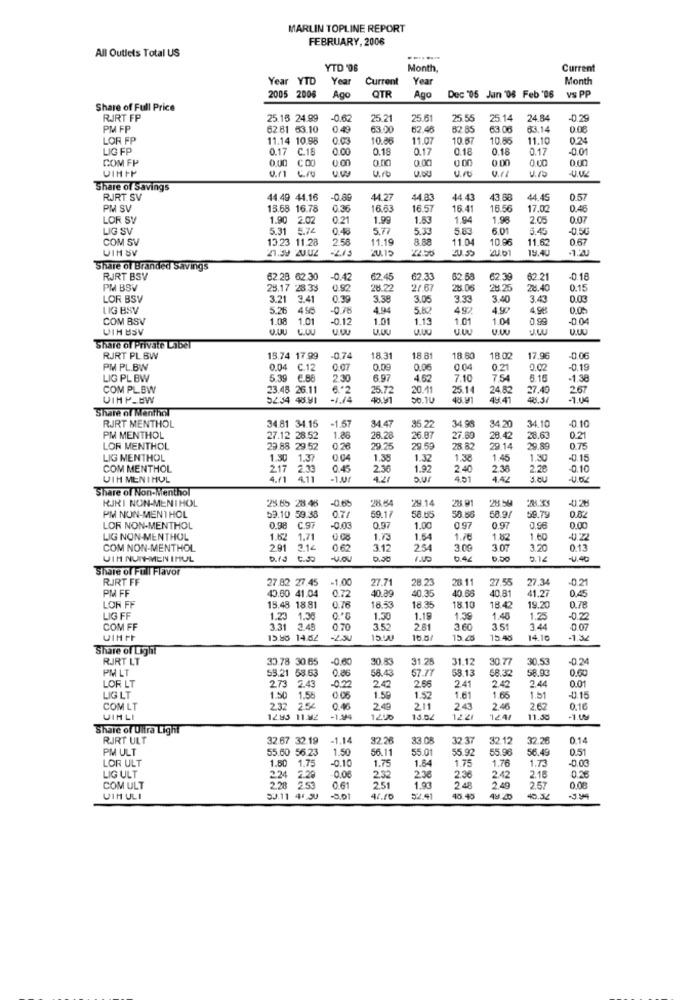
MARLIN TOPLINE REPORT
FEBRUARY, 2006
All Outlets Total US
YTD '08
Month,
Current
Year YTD
Year
Current
Year
Month
2005 2006
Ago
QTF
Ago
Dec '05 Jan '08 Feb '06 vs PP
Share of Full Price
RJRT FP
25.15 24.99
-0.6
25.21
25.6
25.55
25.14
24.84
-0.29
PM FP
62.81 63.10
04
63.00
62.48
82.85
63.06
63.14
0.08
LOR FP
11.14 10.98
0 03
10.86
11.07
10.5
10.56
11.10
0.24
LIG FP
0.17 C.18
0.00
0.18
0.17
0.18
0.18
0.17
-0.01
COM FP
0.00 COO
0.00
0.00
0.00
0.00
0.00
U.rb
4.DU
4.10
VIHIP
Share of Savings
RJRT SV
44.49 44.16
-0.80
44.27
44.83
44.43
43.68
44.45
0.57
PM SV
15.68 16.78
0.36
16.63
16.57
16.4
18.56
17.02
0.46
LOR SV
1.90
2.02
0.21
1.99
1.53
1.94
1.98
2.0.
0.07
LIG SV
5.31
5.74
0.4
5.77
5.33
5.83
6.01
5.4
-0.50
COM SV
13.23 11.28
2.58
11.19
8.88
11.04
10.96
11.62
0.67
UIM SV
2.59 2.02
20.15
22.50
19.40
1.22
Share of Branded Savings
RJRT BSV
62.28 62.30
-0.42
62.45
62.33
62.58
2.39
62.21
-0.18
PM BSV
28.17 28.33
0.82
28.22
2/ 67
28.06
28 2
28.40
0.15
LOR BSV
3.21 3.41
0.39
3.38
3.05
3.33
3 .40
3.43
0.03
LIG BSV
5.26
456
-0.78
4.94
492
499
4.98
0.00
COM BSV
1.08
1.01
-0.12
1.01
1.13
1.01
1.04
0.99
-0.04
UIH BSV
J.LU
Share of Private Label
RJRT PL BW
13.74 17.99
-0.7
18.3
18 8
18.60
18.02
17.96
-0.06
PM PL.BW
0.04 C.12
0.07
0.09
0.06
0.04
0.21
0.02
-0.19
LIG PL BW
5.39 €.88
2 30
6.97
4.52
7.10
7.54
3.16
-1 38
COM PLBW
23.48 26.11
6."2
25.72
20.11
25.14
24.82
27.49
2.67
VIHP-BW
52.34 48.91
48.91
56.10
49.41
1.04
Share of Menthol
34.47
34.98
-0.10
RJRT MENTHOL
34.81 34.15
-1.57
5.22
34.20
34.10
PM MENTHOL
27.12 28.52
1.88
26.28
6.87
27.89
28.42
28.63
0.21
LOR MENTHOL
23.88 29.52
29.25
29.59
28.82
29.14
29.89
0.75
LIG MENTHOL
1.30 1.37
0.04
1.38
1.32
1.38
1.45
1.30
-0.15
COM MENTHOL
2.17 2.33
0.45
2.36
1.92
2 40
2.38
2.28
-0.10
VIH MENTHOL
4.61 4.11
4.11
-1.0
4.27
D.Uf
451
4.42
Share of Non-Menthol
RJKI NON-MENTHOL
-06
28.84
29.14
PM NON-MENTHOL
25.85 28.48
0.74
28.91
28.54
58.9/
02
0.82
59.10 59:38
59.1
58.05
58.66
59.79
LOR NON-MENTHOL
0.98
C.97
0.97
1.00
0.97
0.97
0.56
0.00
LIG NON-MENTHOL
1.62
1.71
1.73
1.54
1.7€
1.82
1.60
4.22
COM NON-MENTHOL
291
3.14
0 62
3.12
254
3.09
3.03
3.20
0.13
UIH NUN-MEN IMUL
b.fJ C.Jo
0.50
U.40
Share of Full Flavor
RJRT FF
27.82 27.45
-1.00
27.71
28.23
28.11
27.55
27.34
-0.21
PM FF
40.60 41.04
10.39
40.35
40.66
10.81
0.45
LOR FF
41.27
15.48 18.81
0.76
18.53
18.35
18.10
18.42
19.20
0.78
LIG FF
1.23 1.36
1.30
1.19
1.39
1.48
1.25
-0.22
COM FF
3.31 3.48
0.70
3.52
261
3.60
3.51
3.44
0.07
15.86 14.552
2.30
16.6
15.45
15.48
14.10
-1.32
Share of Light
RJRT LT
33.78 30.65
-0.00
30.53
31.28
31.12
30.77
30.53
-0.24
PM LT
53.21 58.63
0.86
58.13
58.93
0.00
273 2.43
-02
58.43
57.77
2.66
2.41
58.32
2.44
0.01
LOR LT
242
2.42
LIG LT
1.50
1.58
1.59
1.52
1.61
1.65
1.51
-0.15
COM LT
2.32 2.54
2.4
211
2.43
2.46
2.62
0.16
UIMLI
12.93 11 32
-1.94
15.02
1221
124
11.30
Share of Ultra Light
RJRT ULT
32.67 32.19
-1.14
32.26
33.08
32 37
32.12
32.26
0.14
PM ULT
55.60 56.23
1.50
56.11
55.01
55.92
55.96
56.49
0.51
LOR ULT
1.80
1.75
-0.10
1.64
1.75
1.76
1.73
-0.00
1.75
230
LIG ULT
2.24 2.20
0.06
232
2.36
2.42
2.16
0.2
COM ULT
2.28 2.53
0.61
251
1.93
2.48
249
2.57
0.08
UIM ULI
50.11 4F.50
-5.01
47.70
52.91
45.40
44.20
40.32